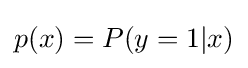
p(x)=P(y=1|x)